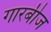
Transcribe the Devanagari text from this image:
गारबीज